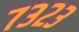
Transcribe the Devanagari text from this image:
७३२३